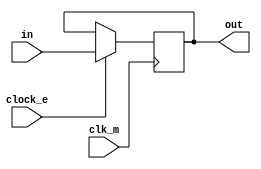
`timescale 1ns / 1ps

module FFDdown(
    input clk_m,
    input clock_e,
    input in,
    output reg out=0
    );
    
    always @ (posedge clk_m) begin
    if (clock_e==1)
        out <= in;   
    end
endmodule